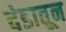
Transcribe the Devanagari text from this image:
दंडातून